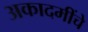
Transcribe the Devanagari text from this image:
अकादमींचे